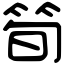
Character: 筍